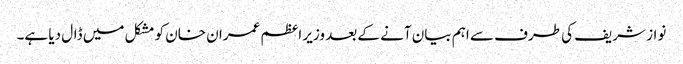
نواز شریف کی طرف سے اہم بیان آنے کے بعد وزیر اعظم عمران خان کو مشکل میں ڈال دیا ہے۔